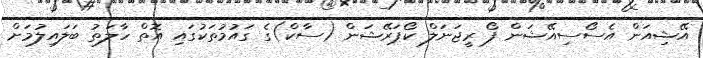
އޭޝިއަން އެސޯސިއޭޝަން ފޯ ރީޖަނަލް ކޯޕަރޭޝަން (ސާކް)ގެ ގައުމުތަކުގައި އޮތް ހާލަތު ބަލައިލުމަށް